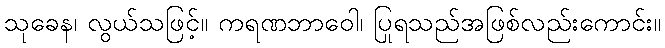
သုခေန၊ လွယ်သဖြင့်။ ကရဏဘာဝေါ၊ ပြုရသည်အဖြစ်လည်းကောင်း။